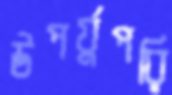
উপর্যুপরি